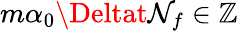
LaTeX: m\alpha_{0}\Deltat\mathcal{N}_{f}\in\mathbb{{Z}}